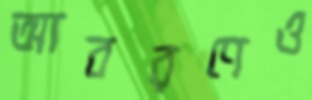
আবরণেও